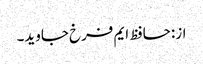
از: حافظ ایم فرخ جاوید۔